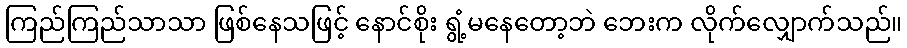
ကြည်ကြည်သာသာ ဖြစ်နေသဖြင့် နောင်စိုး ရွံ့မနေတော့ဘဲ ဘေးက လိုက်လျှောက်သည်။